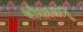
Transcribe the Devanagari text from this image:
कौसरबानू